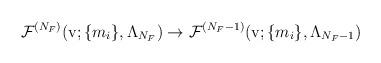
LaTeX: \begin{align*}{\cal F}^{(N_{F})}({\rm v}; \{ m_{i} \},\Lambda_{N_{F}}) \rightarrow {\cal F}^{(N_{F}-1)}({\rm v}; \{ m_{i}\},\Lambda_{N_{F}-1})\end{align*}